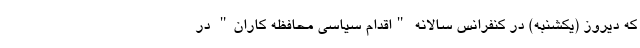
که دیروز (یکشنبه) در کنفرانس سالانه "اقدام سیاسی محافظه کاران" در